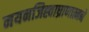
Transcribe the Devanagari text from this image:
नयनजिह्वाघ्राणात्मने